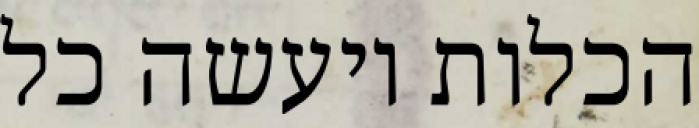
הכלות ויעשה כל